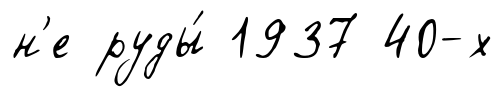
н'е руды́ 1937 40-х